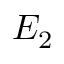
E _ { 2 }